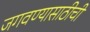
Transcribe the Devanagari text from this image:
जगवण्यासाठीची